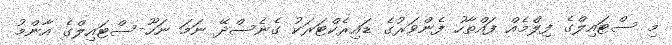
މި ސްޓައިލްގެ ފިލްމެއް ފައްތާހު ފެންވަރުގެ ޑައިރެކްޓަރަކު ގެނެސްދޭ ނަމަ ނަހޫ-ސްޓައިލްގެ އާންމު